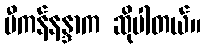
ဗီကန်နန္ဒာက ဆိုပါတယ်။